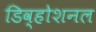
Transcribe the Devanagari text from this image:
डिव्होशनल